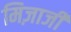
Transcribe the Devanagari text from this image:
मिज़ाजी